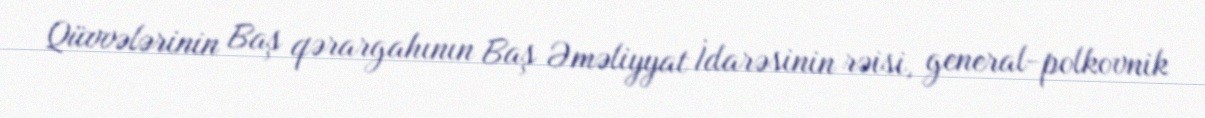
Qüvvələrinin Baş qərargahının Baş Əməliyyat İdarəsinin rəisi, general-polkovnik